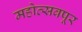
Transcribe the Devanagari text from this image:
महोत्सवपूर